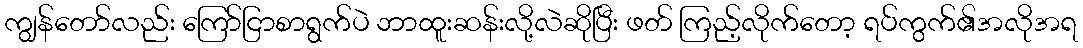
ကျွန်တော်လည်း ကြော်ငြာစာရွက်ပဲ ဘာထူးဆန်းလို့လဲဆိုပြီး ဖတ် ကြည့်လိုက်တော့ ရပ်ကွက်၏အလိုအရ